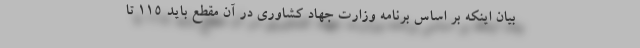
بیان اینکه بر اساس برنامه وزارت جهاد کشاوری در آن مقطع باید ۱۱۵ تا